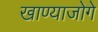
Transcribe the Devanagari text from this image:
खाण्याजोगे